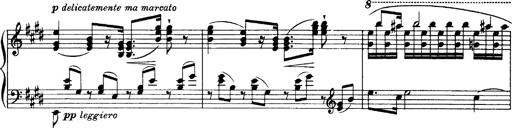
Title: OuvertÃ¼re zu TannhÃ¤user
Composer: Franz Liszt